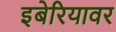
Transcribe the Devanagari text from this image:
इबेरियावर